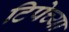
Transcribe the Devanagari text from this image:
टिपेच्या